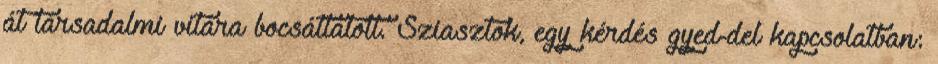
át társadalmi vitára bocsáttatott. Sziasztok, egy kérdés gyed-del kapcsolatban: